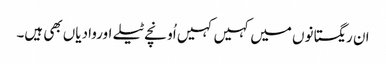
ان ریگستانوں میں کہیں کہیں اُونچے ٹیلے اوروادیاں بھی ہیں۔